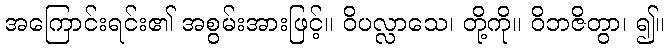
အကြောင်းရင်း၏ အစွမ်းအားဖြင့်။ ဝိပလ္လာသေ၊ တို့ကို။ ဝိဘဇိတွာ၊ ၍။